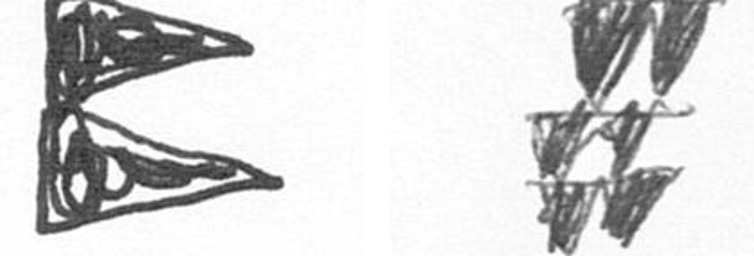
P Y